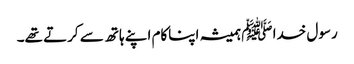
رسول خدا ﷺ ہمیشہ اپناکام اپنے ہاتھ سے کرتے تھے۔